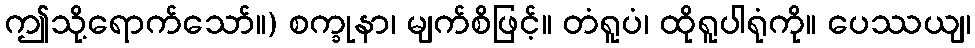
ဤသို့ရောက်သော်။) စက္ခုနာ၊ မျက်စိဖြင့်။ တံရူပံ၊ ထိုရူပါရုံကို။ ပေဿယျ၊